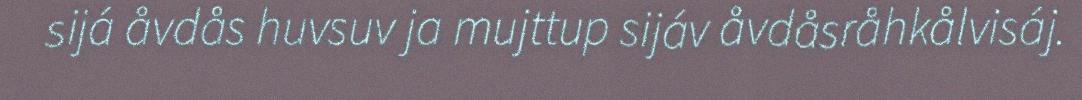
sijá åvdås huvsuv ja mujttup sijáv åvdåsråhkålvisáj.